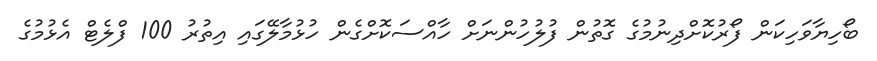
ބޯހިޔާވަހިކަން ފޯރުކޮށްދިނުމުގެ ގޮތުން ފުލުހުންނަށް ހާއްސަކޮށްގެން ހުޅުމާލޭގައި އިތުރު 100 ފްލެޓް އެޅުމުގެ